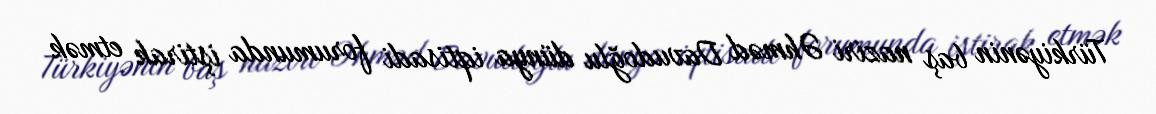
Türkiyənin baş naziri Əhməd Davudoğlu dünya iqtisadi forumunda iştirak etmək